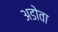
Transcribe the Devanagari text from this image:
अडोवा